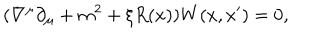
LaTeX: ( \nabla ^ { \mu } \partial _ { \mu } + m ^ { 2 } + \xi R ( x ) ) W ( x , x ^ { \prime } ) = 0 ,